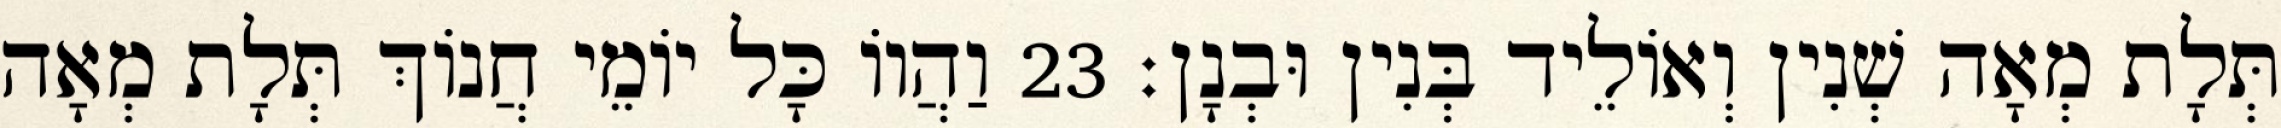
תְּלָת מְאָה שְׁנִין וְאוֹלֵיד בְּנִין וּבְנָן׃ 23 וַהֲווֹ כָּל יוֹמֵי חֲנוֹךְ תְּלָת מְאָה